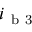
i _ { \mathrm { ~ b ~ 3 ~ } }